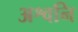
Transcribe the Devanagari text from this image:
अश्वनि